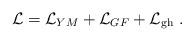
LaTeX: \begin{align*}{\cal{L}} ={\cal{L}}_{YM} + {\cal{L}}_{GF}+{\cal{L}}_{{\rm gh}}~. \end{align*}